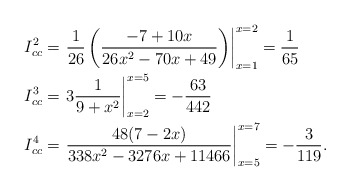
\begin{align*}I_{cc}^{2} & = \left.\frac{1}{26}\left(\frac{-7 + 10 x}{ 26x^2 - 70x + 49}\right)\right|_{x=1}^{x=2}= \frac{1}{65} \\I_{cc}^{3} & = \left.3\frac{1}{9+x^2}\right|_{x=2}^{x=5} = -\frac{63}{442} \\I_{cc}^{4} & = \left.\frac{48 (7 - 2 x)}{338 x^2 - 3276x + 11466}\right|_{x=5}^{x=7} = -\frac{3}{119}.\end{align*}